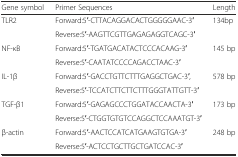
| Gene symbol | Primer Sequences | Length |
 | --- | --- | --- |
 | TLR2 | Forward:5′-CTTACAGGACACTGGGGGAAC-3′ | 134bp |
 |  | Reverse:5′-AAGTTCGTTGAGAGAGGTCAGC-3′ |  |
 | NF-κB | Forward:5′-TGATGACATACTCCCACAAG-3′ | 145 bp |
 |  | Reverse:5′-CAATATCCCCAGACCTAAC-3′ |  |
 | IL-1β | Forward:5′-GACCTGTTCTTTGAGGCTGAC-3′, | 578 bp |
 |  | Reverse:5′-TCCATCTTCTTCTTTGGGTATTGTT-3′ |  |
 | TGF-β1 | Forward:5′-GAGAGCCCTGGATACCAACTA-3′ | 173 bp |
 |  | Reverse:5′-CTGGTGTGTCCAGGCTCCAAATGT-3′ |  |
 | β-actin | Forward:5′-AACTCCATCATGAAGTGTGA-3′ | 248 bp |
 |  | Reverse:5′-ACTCCTGCTTGCTGATCCAC-3′ |  |